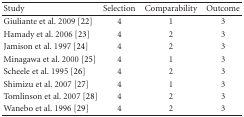
| Study | Selection | Comparability | Outcome |
 | --- | --- | --- | --- |
 | Giuliante et al. 2009 [22] | 4 | 1 | 3 |
 | Hamady et al. 2006 [23] | 4 | 2 | 3 |
 | Jamison et al. 1997 [24] | 4 | 2 | 3 |
 | Minagawa et al. 2000 [25] | 4 | 1 | 3 |
 | Scheele et al. 1995 [26] | 4 | 2 | 3 |
 | Shimizu et al. 2007 [27] | 4 | 1 | 3 |
 | Tomlinson et al. 2007 [28] | 4 | 2 | 3 |
 | Wanebo et al. 1996 [29] | 4 | 2 | 3 |